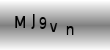
Text: MJ9vn